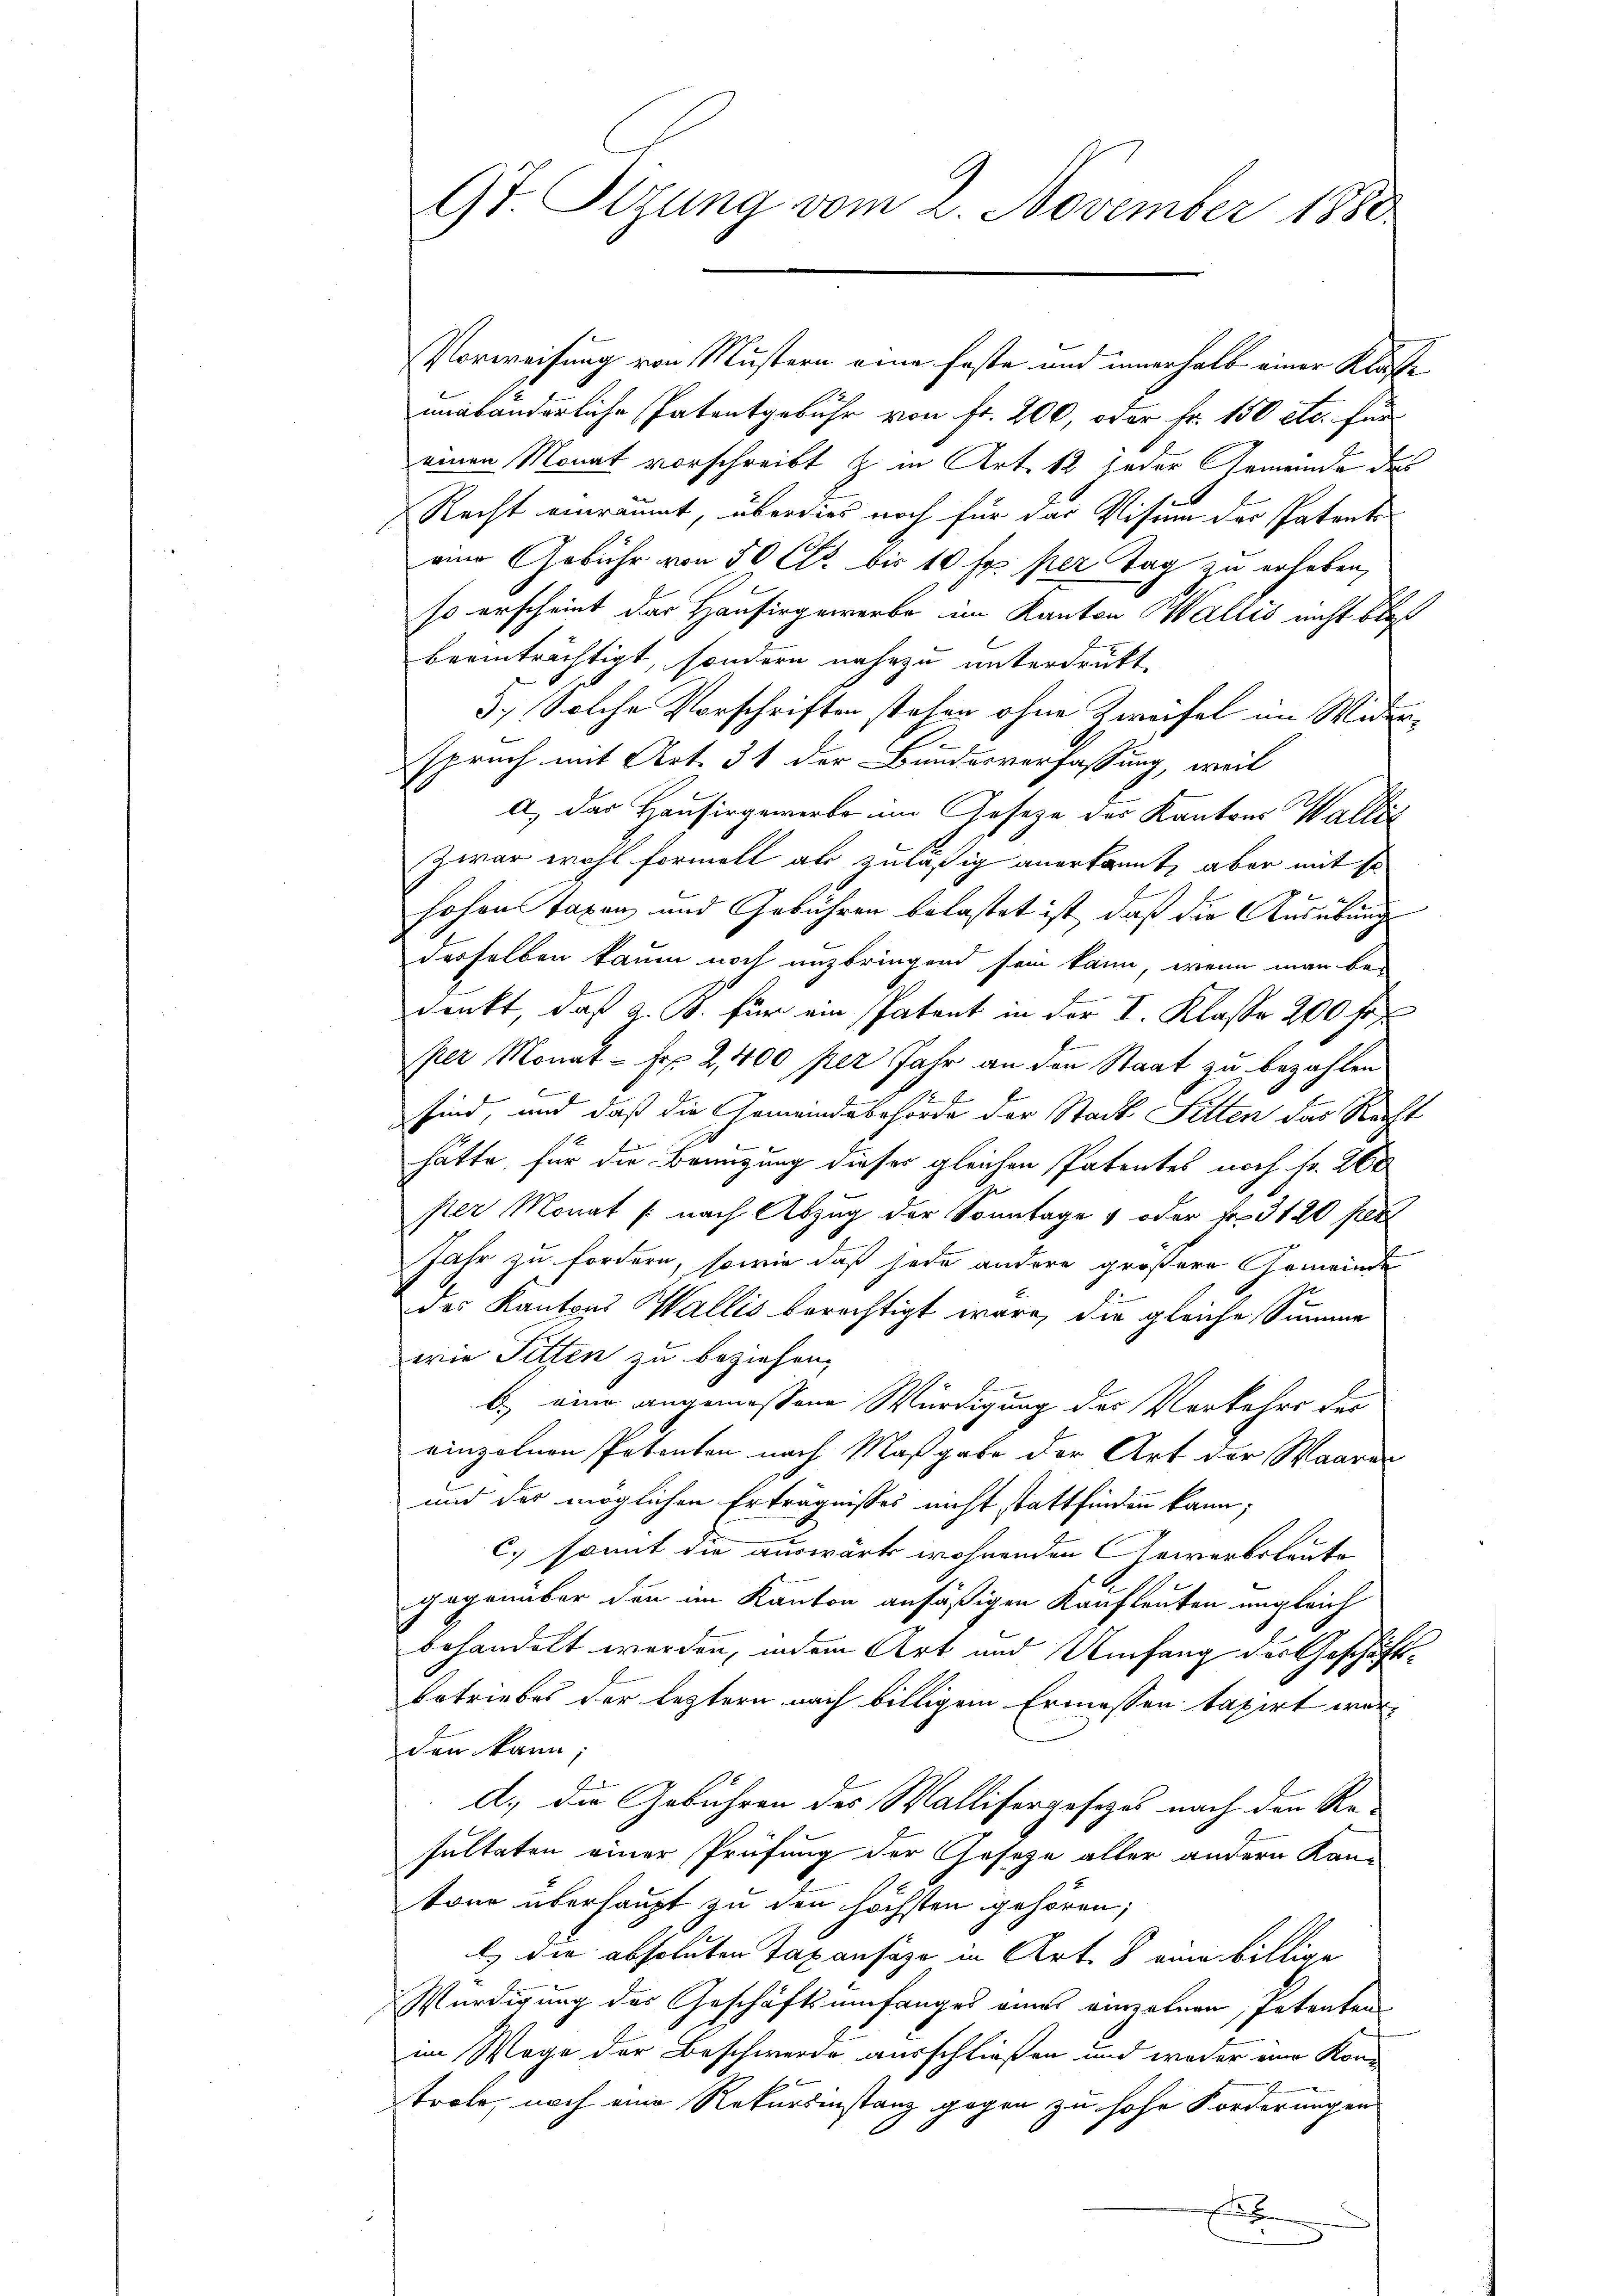
9t. Sizung vom 2. November 1880

Vorweisung von Mustern eine faste und innerhalb einer Klasse
unabänderliche Patentgebühr von fr. 200, oder Fr. 150 etc. für
einen Monat vorschreibt z. in Art. 12 jeder Gemeinde des
Recht einräumt, überdies noch für das Visum des Patente
eine Gebühr von 50 Ctr. bis 10 Fr. per Tag zu erhaben,
so erscheint das Hausirgewerbe im Kanton Wallis nicht bloß
beeinträchtigt, sondern nahezu unterdrukt,
5.) Solche Vorschriften stehen ohne Zweifel im Widerspruch mit Art. 31 der Bundesverfassung, weil
A) das Hausirgewerbe im Gesetze des Kantons Wallis
Zwar wohl formelt an zuläßig anerkannt, aber mit so
hohen Taxen und Gebühren belastet ist, daß die Ausübung
derselben kaum noch unzbringend sein kann, wenn man be¬
B
denkt, daß a. K. für ein Patent in der I. Klasse 200 Fr
per Monat = Fr. 2,400 per Jahr an den Staat zu bezahlen
E
sind, und daß die Gemeindsbehörde der Stadt Fitten das Recht
1
hätte, für die Brünzung dieses gleichen Patentes noch Fr. 260
per Monat (nach Abzug der Sonntage 4 oder Fr. 3120 fr
Jahr zu fordern, sowie daß sehe andere größere Gemeinde
des Kantons Wallis berichtigt wäre, die gleiche Summe
wie Sitten zu beziehen,
b.) eine angemessene Würdigung des Verkehrs der
einzelnen Petenten nach Maßgabe der Art der Waaren
und des möglichen Erträgnisses nicht stattfinden kann;
c.) somit die auswärts wohnenden Gewerbsleute
poprember den im Kanton ansäßigen Kaufleuten ungleich
behandelt werden, indem Art und Umfang der Geschäftsbetriebes der leztern nach billigem Ermessen taxirt werden kann,
d., die Gebühren des Wallisergesetzes nach den Re-
sultaten einer Prüfung der Gesetze aller andern Kan-
tone überhaupt zu den höchsten gehören;
l. die absoluten Taxansage in Art. 8 eine billige
Würdigung des Geschäftsumfanges eines verzehnen, Petenten
im Wege der Beschwerde ausschließen und weder eine Kon-
trole, noch eine Rekursinstanz gegen zu hohe Forderungen
x